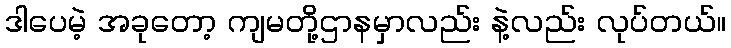
ဒါပေမဲ့ အခုတော့ ကျမတို့ဌာနမှာလည်း နဲ့လည်း လုပ်တယ်။